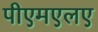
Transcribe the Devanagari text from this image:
पीएमएलए